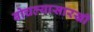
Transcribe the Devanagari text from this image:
बोचल्यासारखी